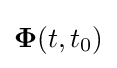
\mathbf {\Phi } (t,t_{0})